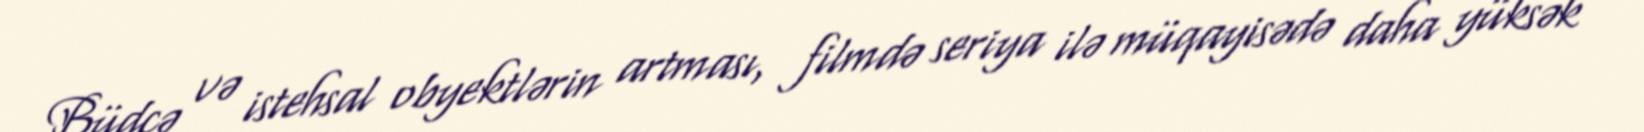
Büdcə və istehsal obyektlərin artması, filmdə seriya ilə müqayisədə daha yüksək